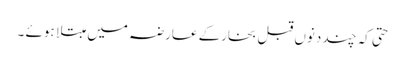
حتی کہ چند دنوں قبل بخارکے عارضہ میں مبتلا ہوئے ۔